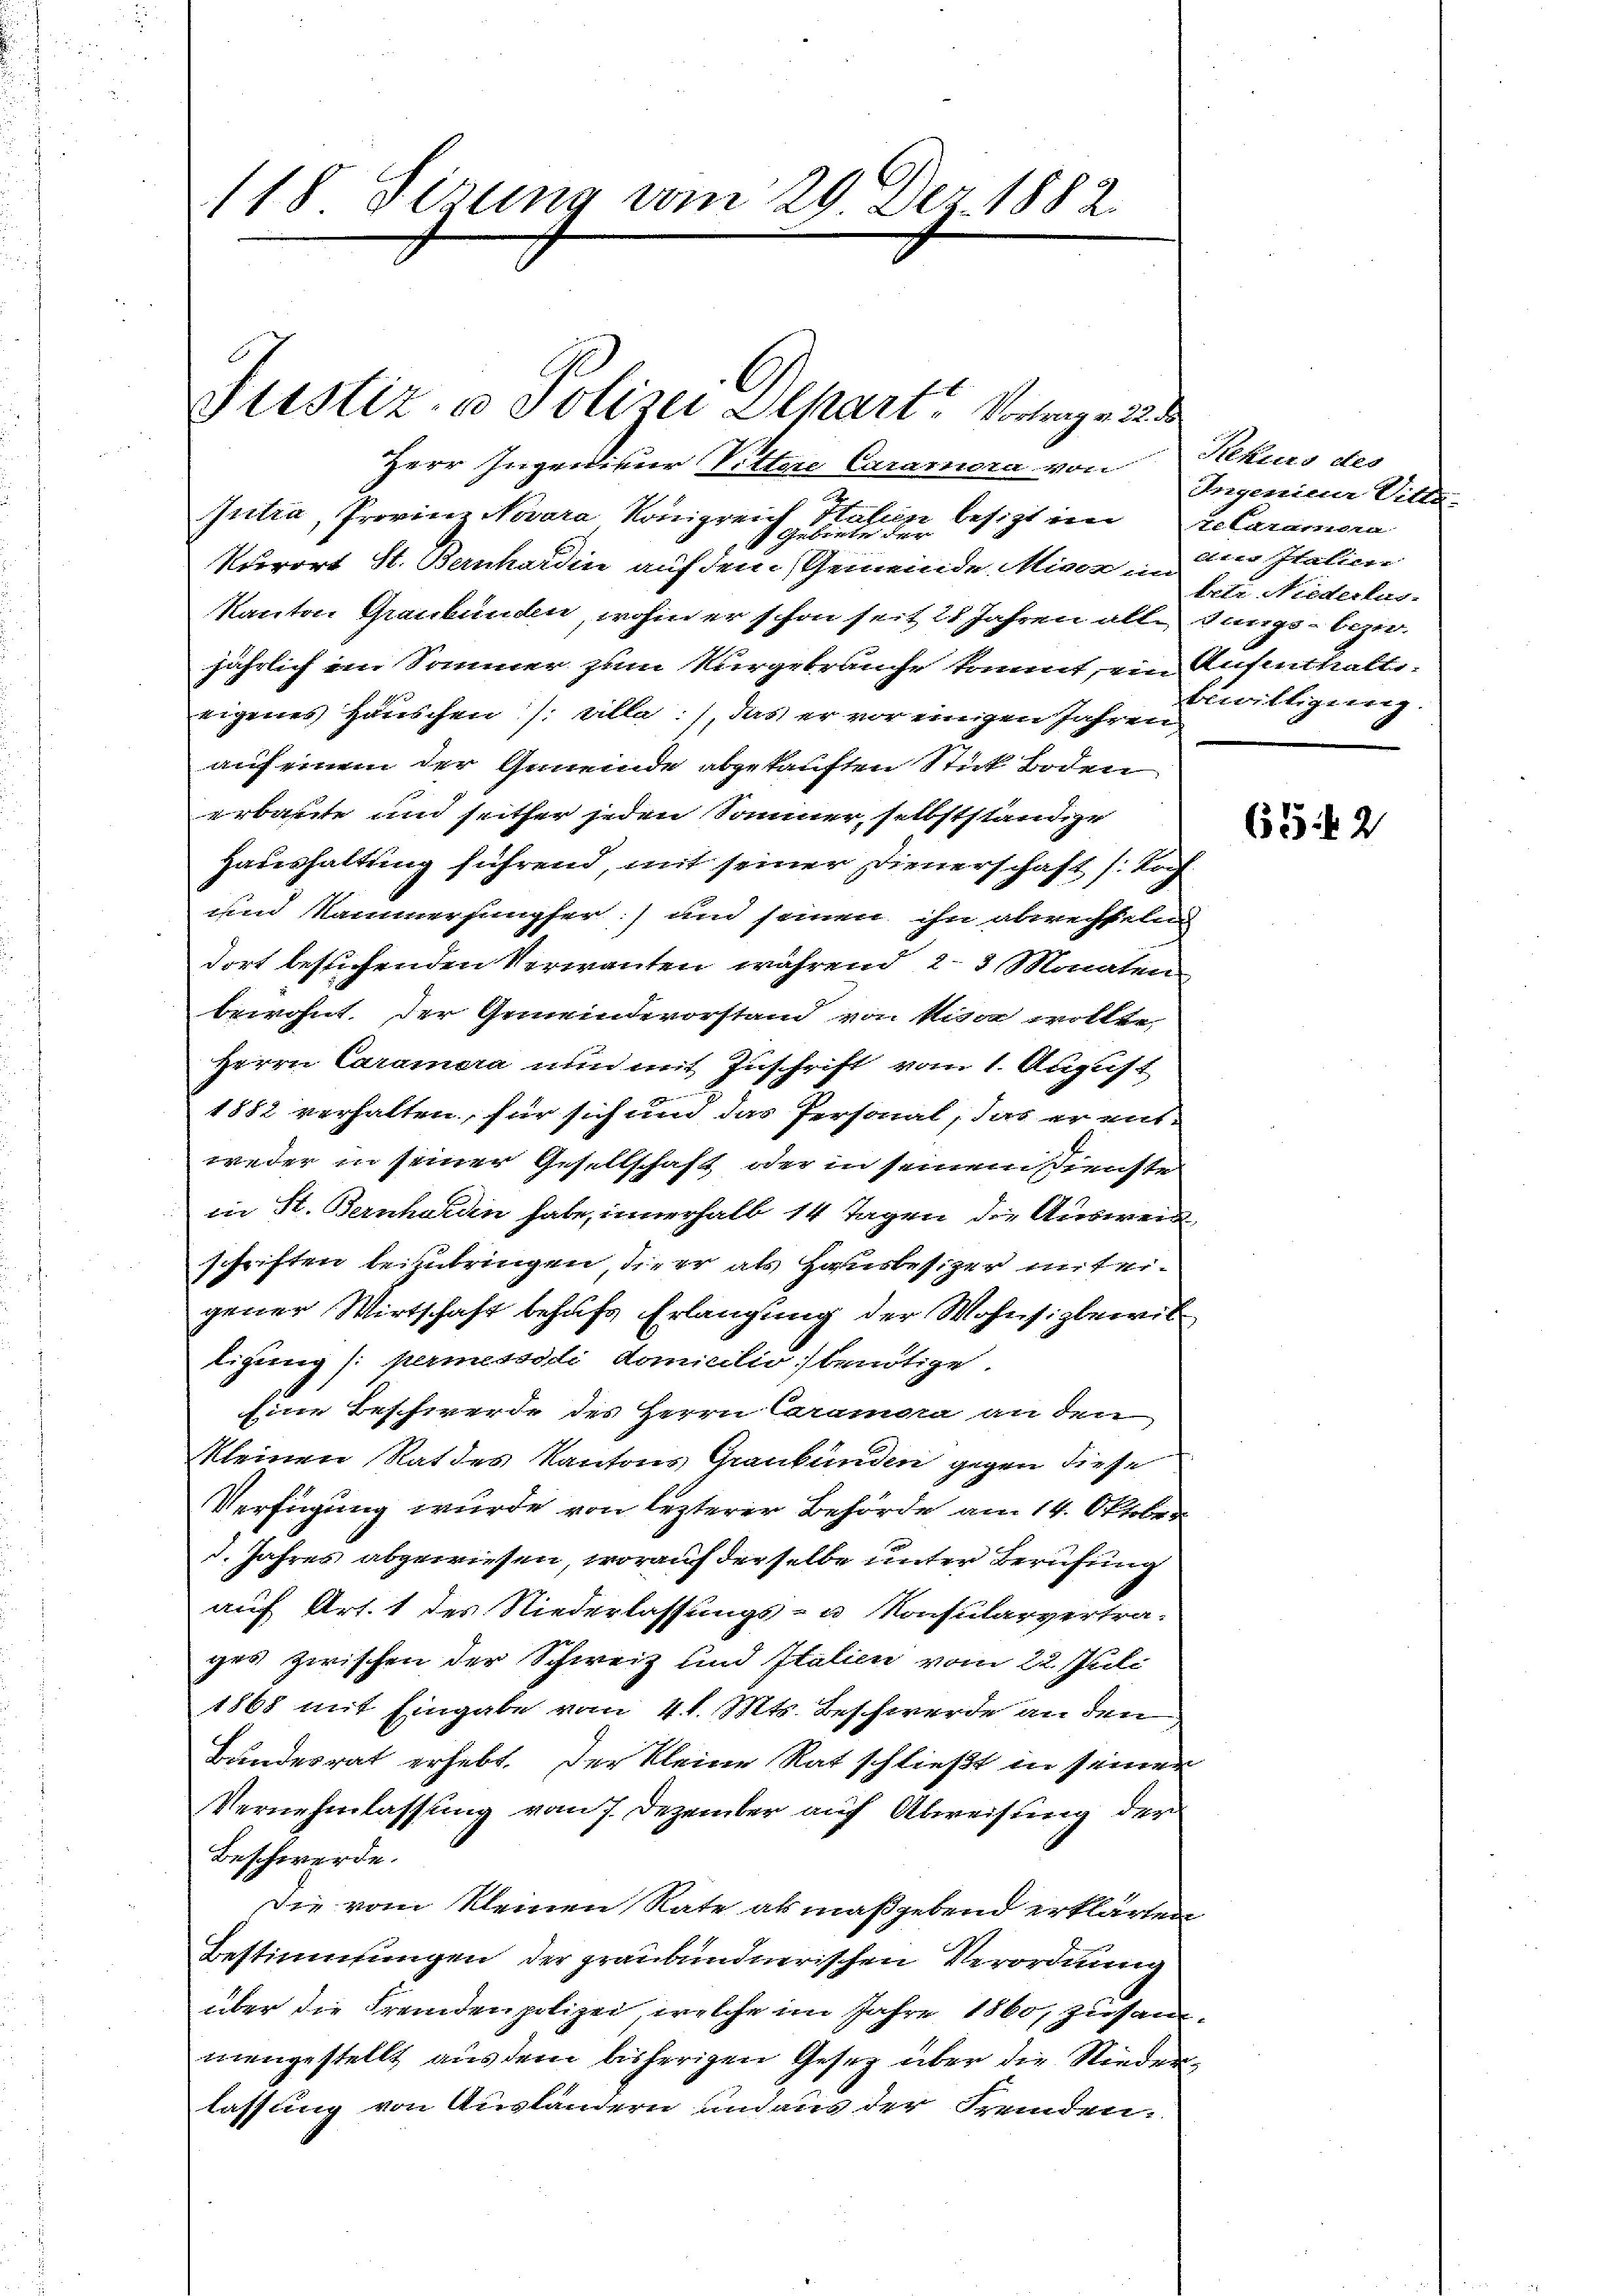
118 Firung vom 29. Der 1882.

Justiz- & Polizei Olhart Vortrag. 22 d

Herr Ingenieur Wittwe Caramera von
Jutta, Provinz Novara Königreich Ita
in besizt im
Gebiete der
Kurort St. Bernhardin auf den Gemeinde Miser in
Kanton Graubünden, wohin er schon seit 28 Jahren alle
jährlich ein Sommer zum Kurgebrauche kommt, ein
eigenes Häuschen Billa: 1, das er vor einigen Jahren
auf einem der Gemeinde abgekauften Stick Boden
erbaute und seither jeden Sommer, selbstständige
Haushaltung führend, mit seiner Dienerschaft s. Toch
und Kammerjungfer: und seinen ihn abwechseln
dort besuchenden Verwanten während 2. 3 Monaten
bewohnt. Der Gemeindevorstand von kisse wollte,
Herrn Caramera nun mit Zuschrift vom 1. August
1882 verhalten, für sich und das Personal, das er ent-
weder in seiner Gesellschaft oder in seinem Dienste
in St. Bernhalden habe, innerhalb 14 Tagen die Ausweid
schriften beimbringen, die er als Hausbesiger mit ei-
gener Wirtschaft behufs Erlangung der Wohnsigbewil
tigung permessedi domicilio benötige
Eine Beschwerde des Herrn Caramera an den
kleinen Rat des Kantons Grankunden gegen diese
Verfügung wurde von lezterer Behörde am 14. Oktobr.
d. Jahres abgewiesen, worauf derselbe unter Berufung
auf Art. 1 des Niederlassungs- u. Konsularvertrages zwischen der Schweiz und Italien vom 22. Juli
1868 mit Eingabe vom 4. d. Mts. Beschwerde an den
Bundesrat erhebt. Der kleine Rat schließt in seinen
Vernehmlassung vom 7. Dezember auf Abweisung der
Beschwerde.
Die vom kleinen Rate als maßgebend erklärten
Bestimmungen der graubündnerischen Verordnung
über die Fremdenpolizei, welche im Jahre 1860, Zusam
mengestellt aus dem bisherigen Geseg über die Niederlassung von Ausländern und aus der Fremden.

Rekurs des
Ingenien Vitt
te Caramera
ae Italien
betr. Niederlas
Jangs- bezir
Aufenthalte.
Bewilligung

653. 2